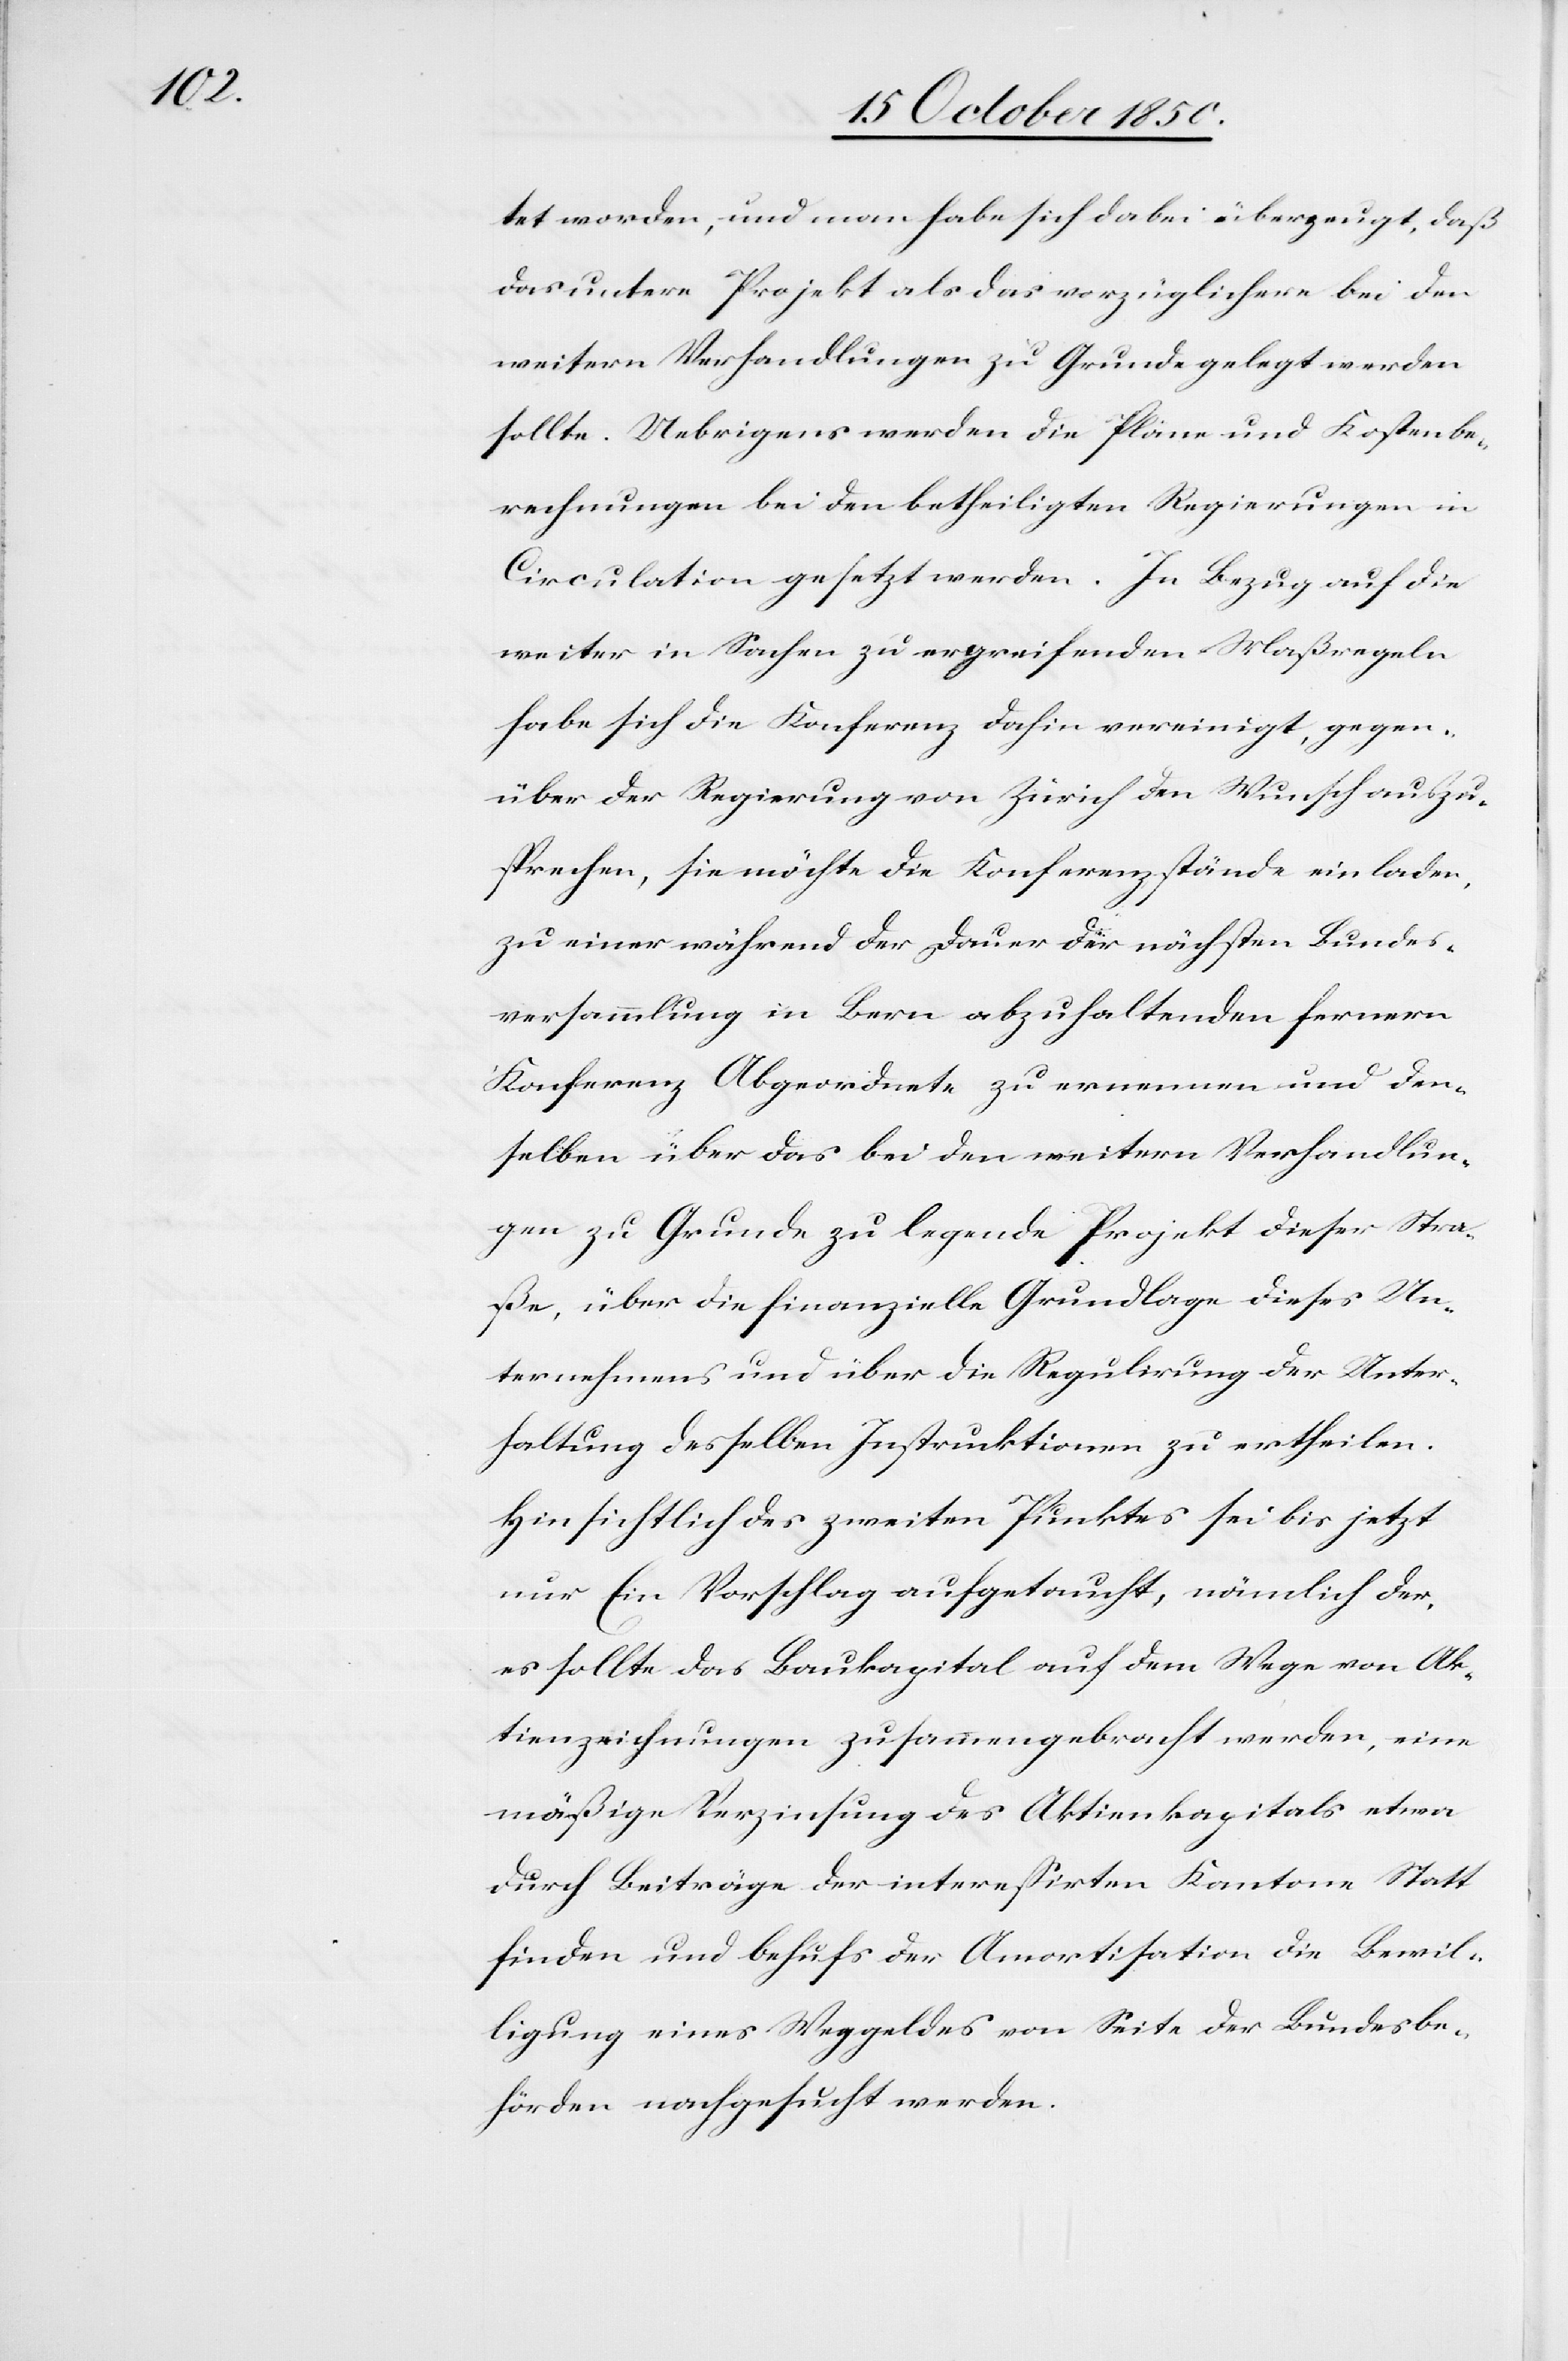
tet worden, und man habe sich dabei überzeugt, daß
das untere Projekt als das vorzüglichere bei den
weitern Verhandlungen zu Grunde gelegt werden
sollte. Uebrigens werden die Plane und Kostenbe¬
rechnungen bei den betheiligten Regierungen in
Circulation gesetzt werden. In Bezug auf die
weiter in Sachen zu ergreifenden Maßregeln
habe sich die Konferenz dahin vereinigt, gegen¬
über der Regierung von Zürich den Wunsch auszu¬
sprechen, sie möchte die Konferenzstände einladen,
zu einer während der Dauer der nächsten Bundes¬
versammlung in Bern abzuhaltenden ferneren
Konferenz Abgeordnete zu ernennen und den¬
selben über das bei den weitern Verhandlun¬
gen zu Grunde zu legende Projekt dieser Stra¬
ße, über die finanzielle Grundlage dieses Un¬
ternehmens und über die Regulirung der Unter¬
haltung desselben Instruktionen zu ertheilen.
Hinsichtlich des zweiten Punktes sei bis jetzt
nur Ein Vorschlag aufgetaucht, nämlich der,
es sollte das Baukapital auf dem Wege von Ak¬
tienzeichnungen zusammengebracht werden, eine
mäßige Verzinsung des Aktienkapitals etwa
durch Beiträge der interessirten Kantone Statt
finden und behufs der Amortisation die Bewil¬
ligung eines Weggeldes von Seite der Bundesbe¬
hörden nachgesucht werden.